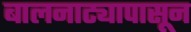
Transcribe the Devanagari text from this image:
बालनाट्यापासून